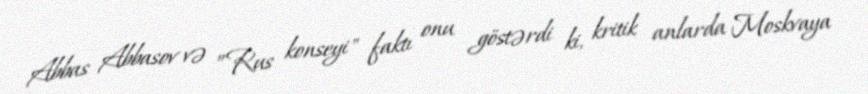
Abbas Abbasov və ”Rus konseyi" faktı onu göstərdi ki, kritik anlarda Moskvaya